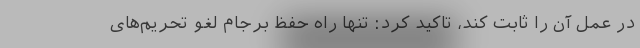
در عمل آن را ثابت کند، تاکید کرد: تنها راه حفظ برجام لغو تحریم‌های